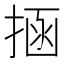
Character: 𭡝